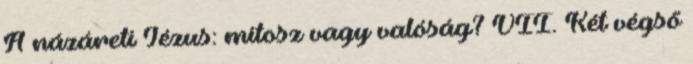
A názáreti Jézus: mítosz vagy valóság? VII. Két végső